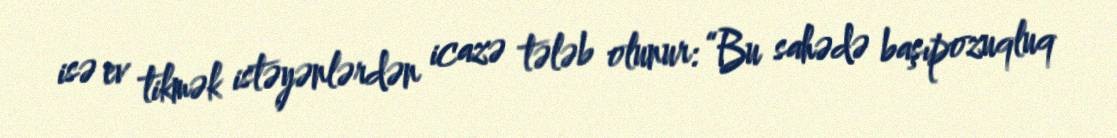
isə ev tikmək istəyənlərdən icazə tələb olunur: “Bu sahədə başıpozuqluq